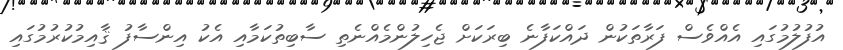
އުފުލުމުގައި އެއްވެސް ފަރާތަކުން ދައްކަފާނެ ބިރަކަށް ޖެހިލުންމެއްނެތި ސާބިތުކަމާއި އެކު އިންސާފު ޤާއިމުކުރުމުގައި